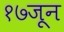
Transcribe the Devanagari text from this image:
१७जून